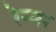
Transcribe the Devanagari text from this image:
रेन्नर